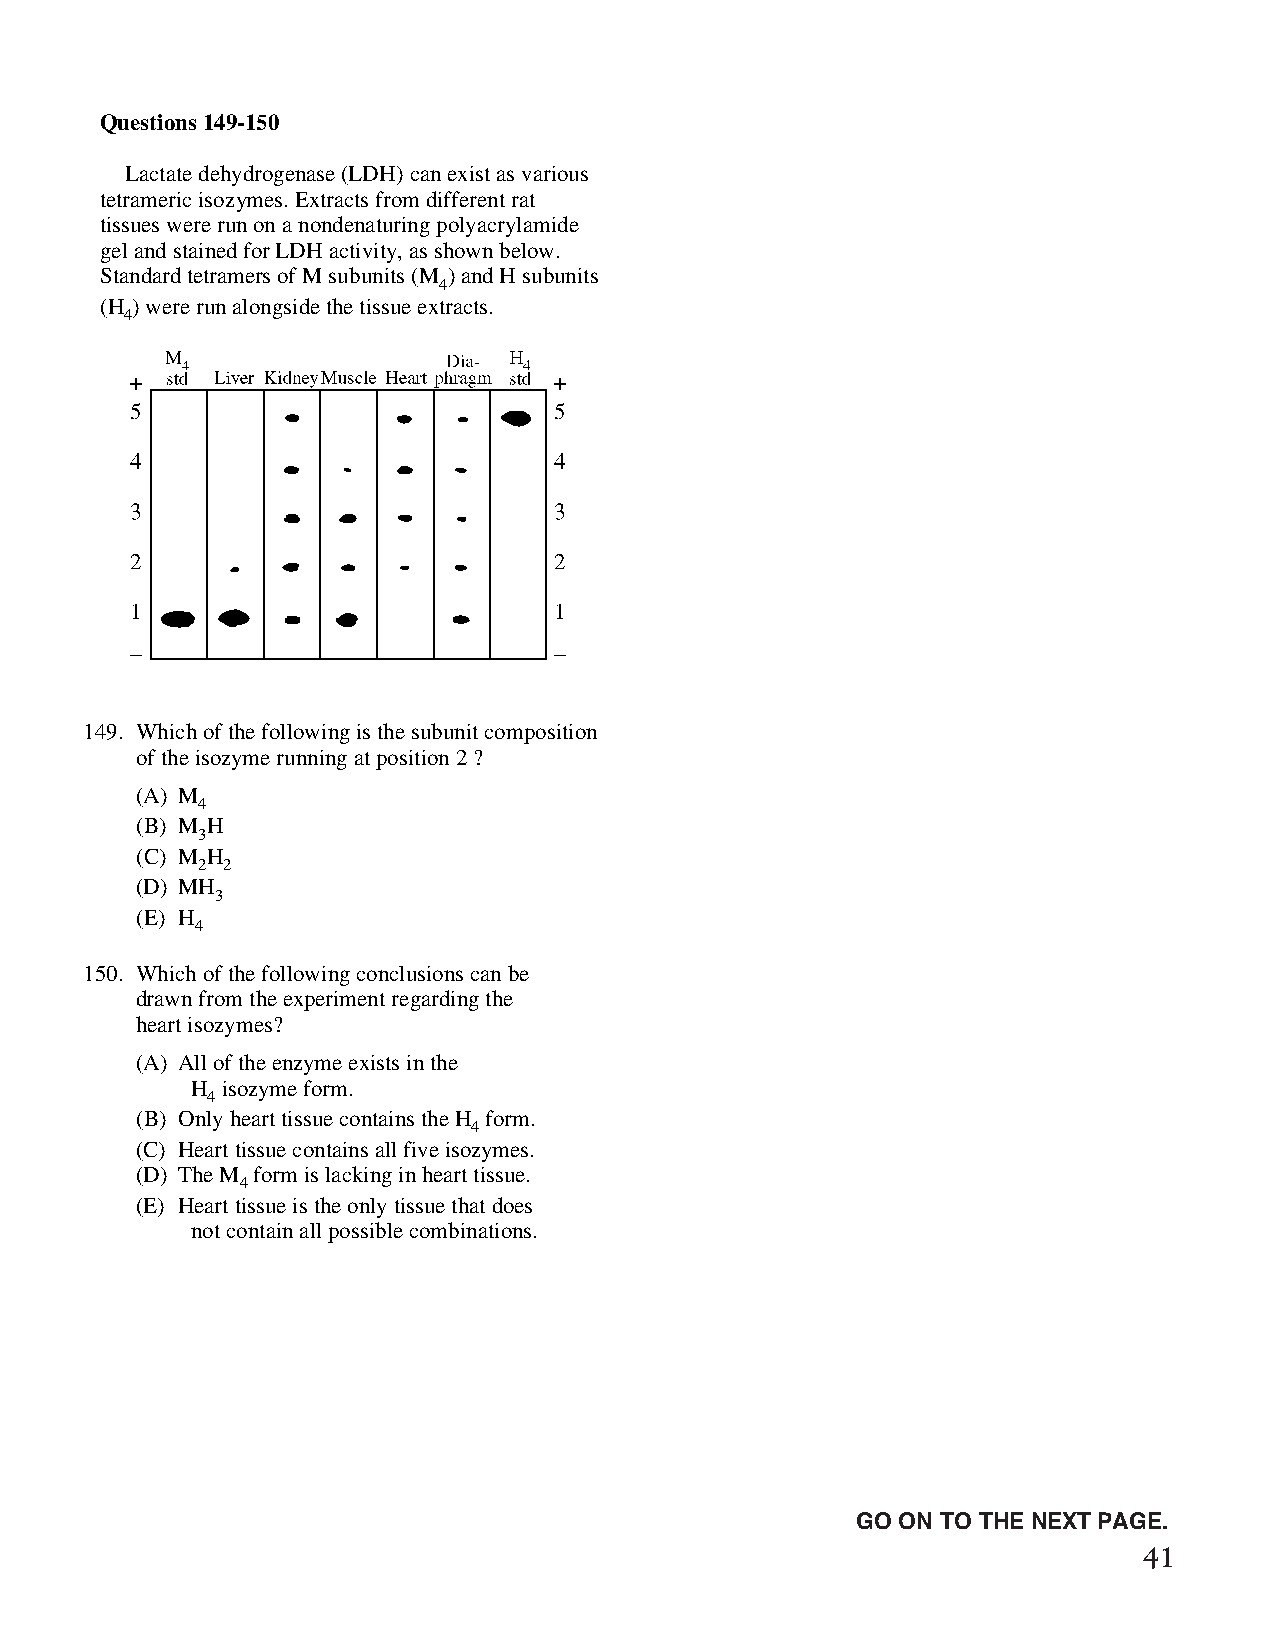
Questions 149-150
 Lactate dehydrogenase (LDH) can exist as various
 tetrameric isozymes. Extracts from different rat
 tissues were run on a nondenaturing polyacrylamide
 gel and stained for LDH activity, as shown below.
 Standard tetramers of M subunits (M ) and H subunits
 4
 (H ) were run alongside the tissue extracts.
 4
 149. Which of the following is the subunit composition
 of the isozyme running at position 2 ?
 (A) M
 4
 (B) M H
 3
 (C) M H
 2 2
 (D) MH
 3
 (E) H
 4
 150. Which of the following conclusions can be
 drawn from the experiment regarding the
 heart isozymes?
 (A) All of the enzyme exists in the
 H isozyme form.
 4
 (B) Only heart tissue contains the H form.
 4
 (C) Heart tissue contains all five isozymes.
 (D) The M form is lacking in heart tissue.
 4
 (E) Heart tissue is the only tissue that does
 not contain all possible combinations.
 Unauthorized copying or reuse of
 any part of this page is illegal.                GO ON TO THE NEXT PAGE.
 41
 GO ON TO THE NEXT PAGE.
 -33-
 007884-72507 GRE Biochemistry Test Practise Book • Dr01 4/17/08 ta • Dr02 5/7/08 ta • Dr03 5/20/08 ta • [NEW 108353] • CS6 • Dr01 5/1/15 jw • [New
 Job] 007884-113203 Drft01 3/22/16 ew